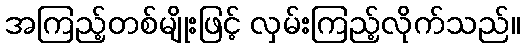
အကြည့်တစ်မျိုးဖြင့် လှမ်းကြည့်လိုက်သည်။